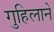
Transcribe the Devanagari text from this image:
गुहिलाने